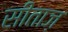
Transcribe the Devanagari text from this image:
सीताज़